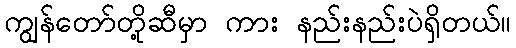
ကျွန်တော်တို့ဆီမှာ ကား နည်းနည်းပဲရှိတယ်။